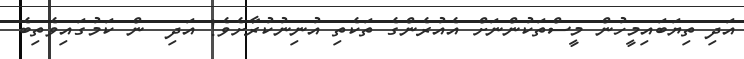
އަދި ތިޔަބައިމީހުން މީސްތަކުންނަށް އެއުރެންގެ ތަކެތި އުނިނުކުރާށެވެ! އަދި  ން ކަމުގައިވެތިބެ